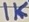
Text: 1K